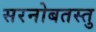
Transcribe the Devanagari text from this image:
सरनोबतस्तु